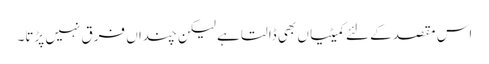
اس مقصد کے لئے کمیٹیاں بھی ڈالتا ہے لیکن چنداں فرق نہیں پڑتا۔